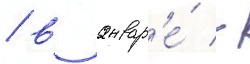
/ в январ'е́ -